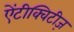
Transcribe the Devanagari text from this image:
ऐंटीक्विटीज़